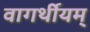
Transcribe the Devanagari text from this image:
वागर्थीयम्